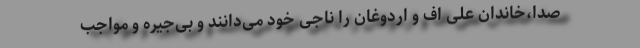
صدا،خاندان علی اف و اردوغان را ناجی خود می‌دانند و بی‌جیره و مواجب